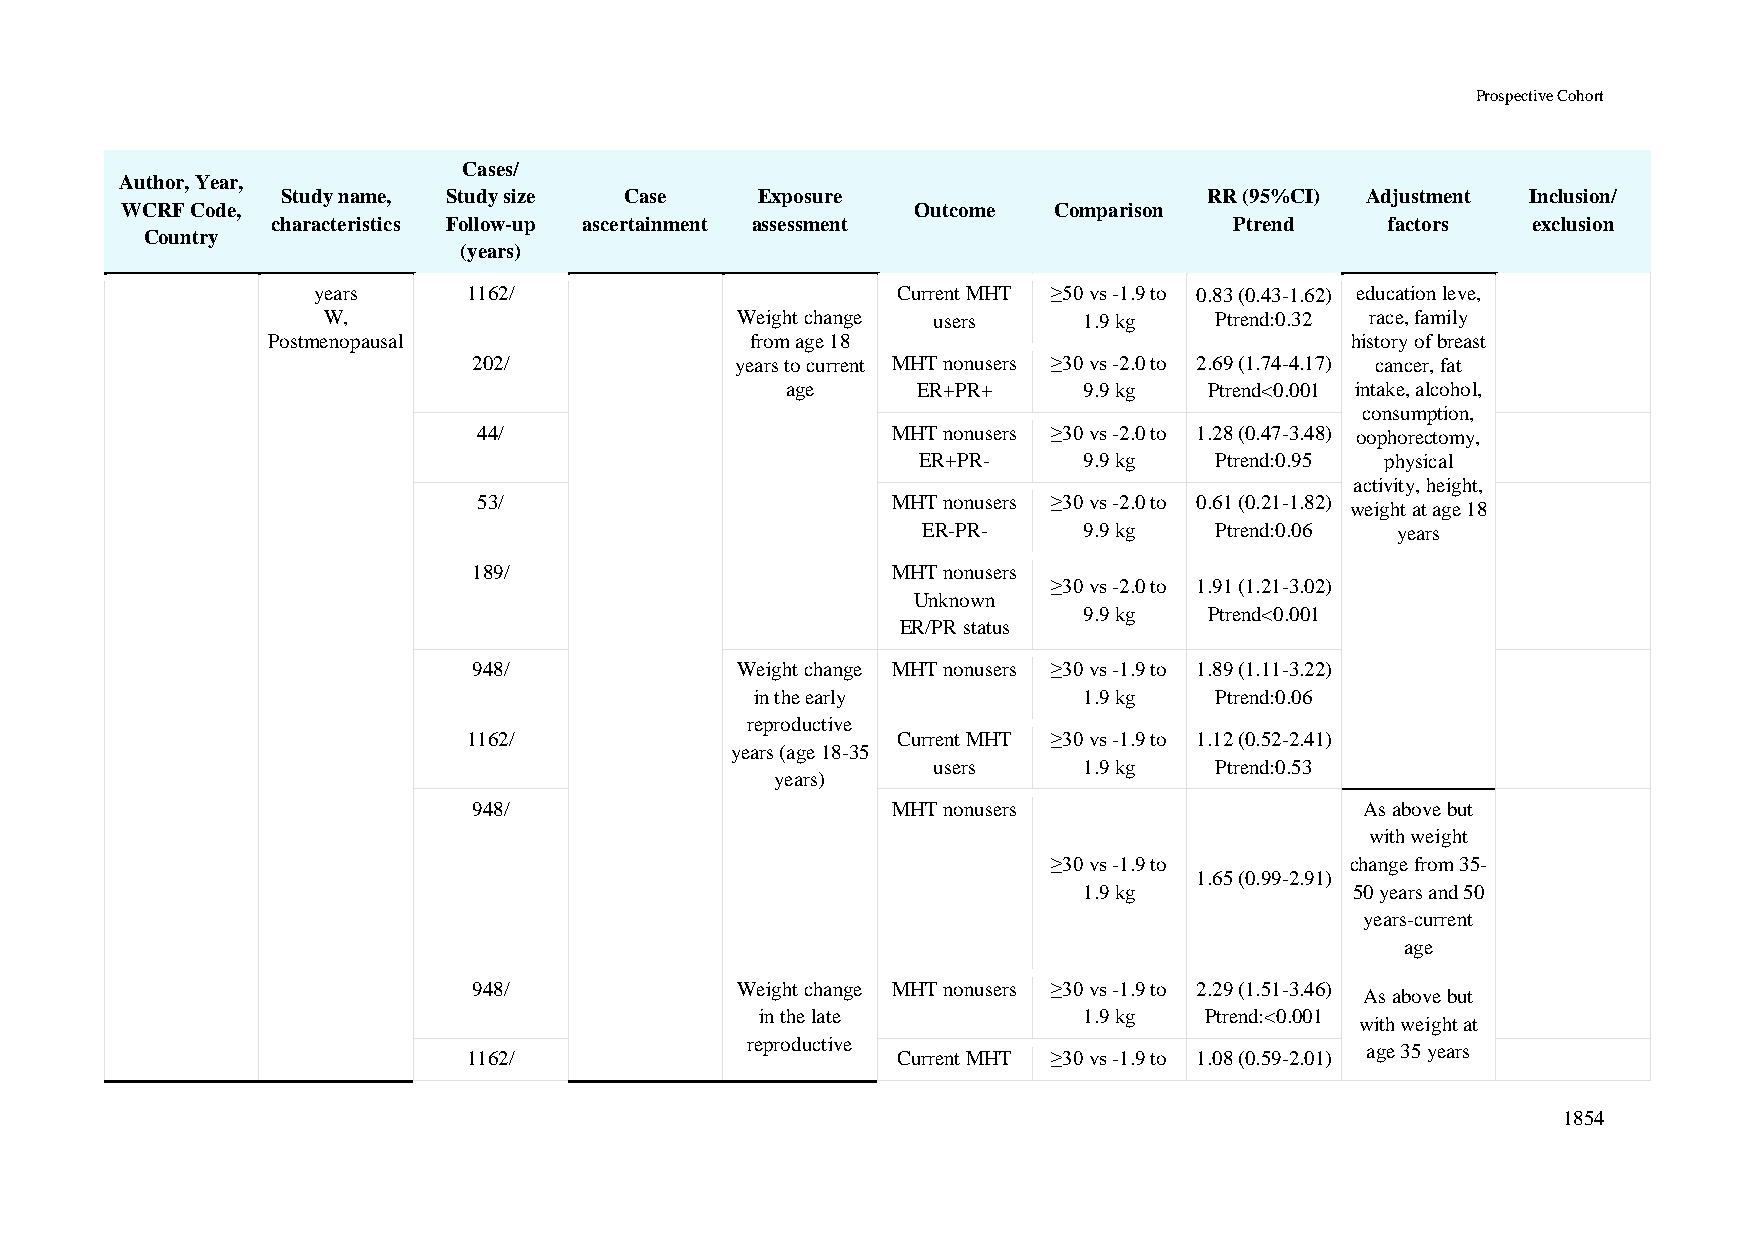
Prospective Cohort
 Cases/
 Author, Year,
 Study name, Study size Case    Exposure                      RR (95%CI) Adjustment Inclusion/
 WCRF Code,                                           Outcome  Comparison
 characteristics Follow-up ascertainment assessment              Ptrend    factors  exclusion
 Country
 (years)
 years     1162/                       Current MHT ≥50 vs -1.9 to 0.83 (0.43-1.62) education leve,
 W,                          Weight change users    1.9 kg  Ptrend:0.32 race, family
 Postmenopausal                  from age 18                            history of breast
 202/              years to current MHT nonusers ≥30 vs -2.0 to 2.69 (1.74-4.17) cancer, fat
 age      ER+PR+     9.9 kg  Ptrend<0.001 intake, alcohol,
 consumption,
 44/                        MHT nonusers ≥30 vs -2.0 to 1.28 (0.47-3.48) oophorectomy,
 ER+PR-     9.9 kg  Ptrend:0.95 physical
 activity, height,
 53/                        MHT nonusers ≥30 vs -2.0 to 0.61 (0.21-1.82)
 weight at age 18
 ER-PR-     9.9 kg  Ptrend:0.06 years
 189/                        MHT nonusers
 ≥30 vs -2.0 to 1.91 (1.21-3.02)
 Unknown
 9.9 kg  Ptrend<0.001
 ER/PR status
 948/              Weight change MHT nonusers ≥30 vs -1.9 to 1.89 (1.11-3.22)
 in the early          1.9 kg  Ptrend:0.06
 reproductive
 1162/                       Current MHT ≥30 vs -1.9 to 1.12 (0.52-2.41)
 years (age 18-35
 users     1.9 kg  Ptrend:0.53
 years)
 948/                        MHT nonusers                   As above but
 with weight
 ≥30 vs -1.9 to     change from 35-
 1.65 (0.99-2.91)
 1.9 kg            50 years and 50
 years-current
 age
 948/              Weight change MHT nonusers ≥30 vs -1.9 to 2.29 (1.51-3.46)
 As above but
 in the late           1.9 kg  Ptrend:<0.001
 with weight at
 reproductive
 age 35 years
 1162/                       Current MHT ≥30 vs -1.9 to 1.08 (0.59-2.01)
 1854